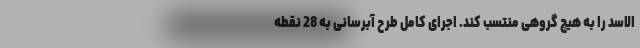
‌الاسد را به هیچ گروهی منتسب کند. اجرای کامل طرح آبرسانی به 28 نقطه